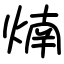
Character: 煵